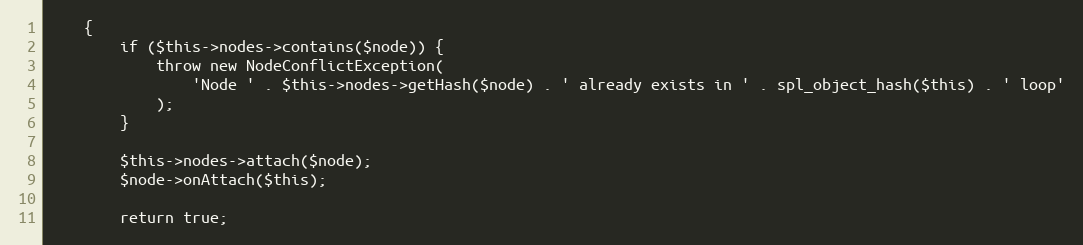
Language: PHP
    {
        if ($this->nodes->contains($node)) {
            throw new NodeConflictException(
                'Node ' . $this->nodes->getHash($node) . ' already exists in ' . spl_object_hash($this) . ' loop'
            );
        }

        $this->nodes->attach($node);
        $node->onAttach($this);

        return true;